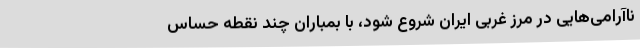
ناآرامی‌هایی در مرز غربی ایران شروع شود، با بمباران چند نقطه حساس